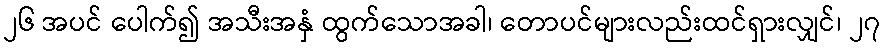
၂၆ အပင် ပေါက်၍ အသီးအနှံ ထွက်သောအခါ၊ တောပင်များလည်းထင်ရှားလျှင်၊ ၂၇